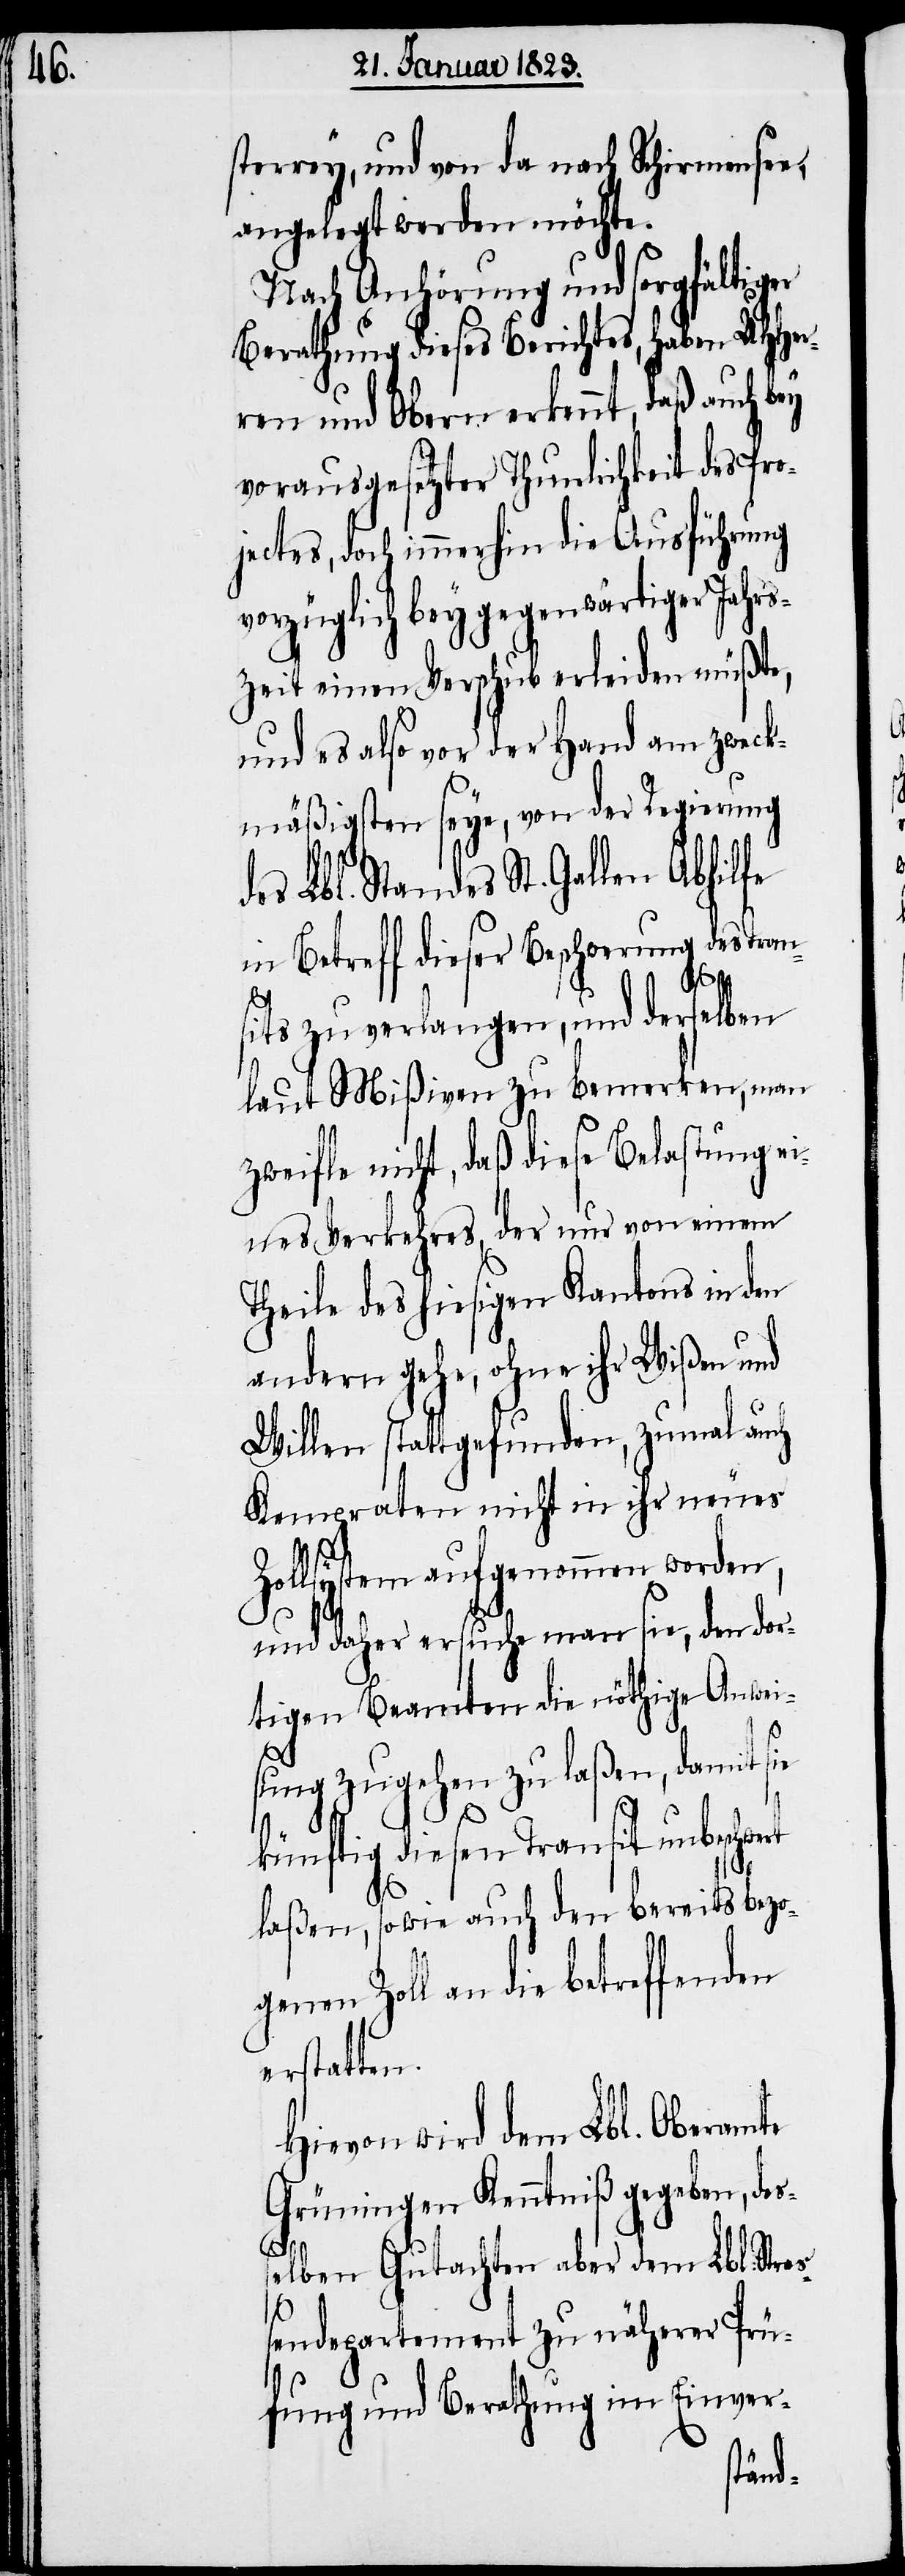
sterrey, und von da nach Schirmensee,
angelegt werden möchte.
Nach Anhörung und sorgfältiger
Berathung dieses Berichtes, haben UHHer¬
ren und Obern erkennt, daß auch bey
vorausgesetzter Thunlichkeit des Pro¬
jectes, doch immerhin die Ausführung
vorzüglich bey gegenwärtiger Jahrs¬
zeit einen Verschub erleiden müßte,
und es also vor der Hand am zweck¬
mäßigsten seye, von der Regierung
es Lbl. Standes St. Gallen Abhilfe
in Betreff dieser Beschwerung des Tran¬
rt
sits zu verlangen, und derselben
laut Mißiven zu bemerken, man
zweifle nicht, daß diese Belastung ei¬
nes Verkehres, der nur von einem
Theile des hiesigen Kantons in den
andern gehe, ohne ihr Wißen und
Willen stattgefunden, zumal auch
Kempraten nicht in ihr neues
Zollsystem aufgenommen worden,
und daher ersuche man sie, den dor¬
tigen Beamten die nöthige Anwei¬
sung zugehen zu laßen, damit sie
künftig diesen Transit unbeschwe¬
laßen, sowie auch den bereits bezog¬
enen Zoll an die betreffenden
erstatten.
Hievon wird dem Lbl. Oberamte
Grüningen Kenntniß gegeben, deß¬
d¬
elben Gutachten aber dem Lbl. Stra¬
ßendepartement zu näherer Prü¬
fung und Berathung im Einver-